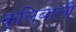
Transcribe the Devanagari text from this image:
कूलिबाली